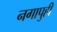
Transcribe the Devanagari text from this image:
नगापुही